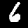
Label: 6